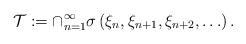
LaTeX: \begin{align*}\mathcal{T}:=\cap_{n=1}^{\infty}\sigma\left(\xi_{n},\xi_{n+1},\xi_{n+2},\ldots\right).\end{align*}